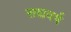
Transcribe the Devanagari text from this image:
सद्यवर्ष